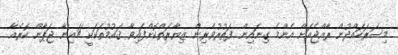
މިސަރަހައްދުން ރާއްޖެއަށް އެންމެ ގިނައިން ފަތުރުވެރިން ޒިޔާރަތްކޮށްފައިވާ ޤައުމުތަކަކީ ޗައިނާ ޖަޕާން ކޮރެއާ